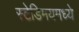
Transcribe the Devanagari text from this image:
स्टेडिमयमध्ये